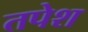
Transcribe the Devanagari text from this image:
तपेश